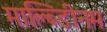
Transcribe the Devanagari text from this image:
माल्ब्डिीनम